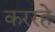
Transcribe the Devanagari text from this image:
कररहे